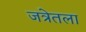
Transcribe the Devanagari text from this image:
जत्रेतला